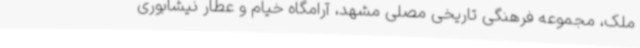
ملک، مجموعه فرهنگی تاریخی مصلی مشهد، آرامگاه خیام و عطار نیشابوری